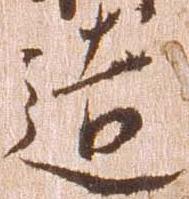
造